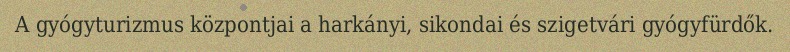
A gyógyturizmus központjai a harkányi, sikondai és szigetvári gyógyfürdők.